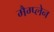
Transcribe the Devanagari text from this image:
मैग्प्लेन